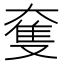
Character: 𡙜